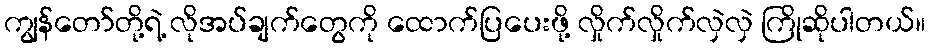
ကျွန်တော်တို့ရဲ့ လိုအပ်ချက်တွေကို ထောက်ပြပေးဖို့ လှိုက်လှိုက်လှဲလှဲ ကြိုဆိုပါတယ်။